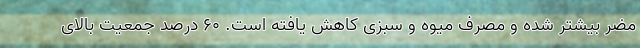
مضر بیشتر شده و مصرف میوه و سبزی کاهش یافته است. ۶۰ درصد جمعیت بالای